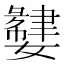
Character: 𫲌